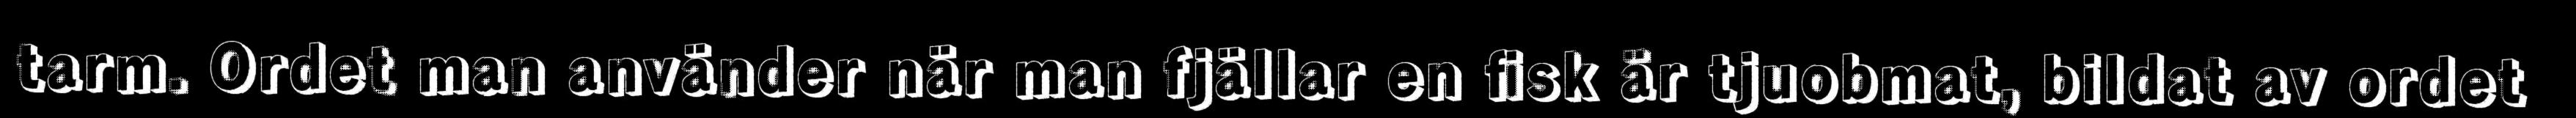
tarm. Ordet man använder när man fjällar en fisk är tjuobmat, bildat av ordet